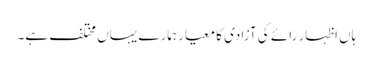
ہاں اظہار رائے کی آزادی کا معیار ہمارے یہاں مختلف ہے۔